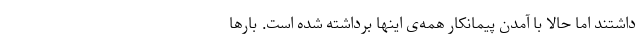
داشتند اما حالا با آمدنِ پیمانکار همه‌ی اینها برداشته شده است. بارها